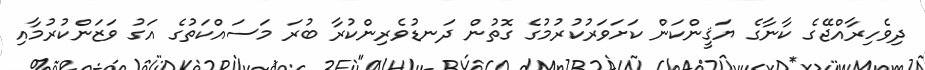
ދިވެހިރާއްޖޭގެ ކާނާގެ ޔަޤީންކަން ކަށަވަރުކުރުމުގެ ގޮތުން ދަނޑުވެރިންކުރާ ބުރަ މަސައްކަތުގެ އަގު ވަޒަންކުރުމާއި